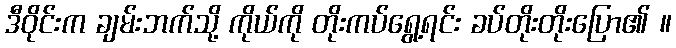
ဒီဝိုင်းက ချမ်းဘက်သို့ ကိုယ်ကို တိုးကပ်ရွေ့ရင်း ခပ်တိုးတိုးပြော၏ ။